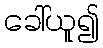
ခေါ်ယူ၍